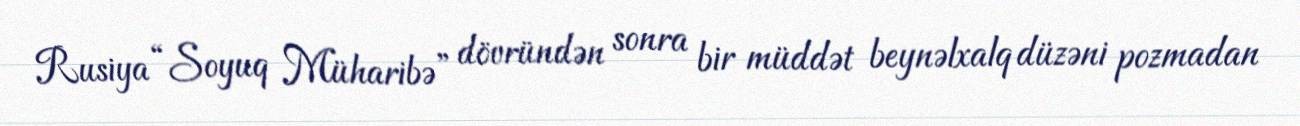
Rusiya “Soyuq Müharibə” dövründən sonra bir müddət beynəlxalq düzəni pozmadan